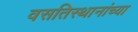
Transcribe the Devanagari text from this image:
वसतिस्थानांच्या